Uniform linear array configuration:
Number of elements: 12
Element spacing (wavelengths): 0.75
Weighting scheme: exponential
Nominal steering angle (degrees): -60
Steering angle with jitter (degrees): -58.564
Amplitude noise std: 0.05
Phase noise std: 0.05

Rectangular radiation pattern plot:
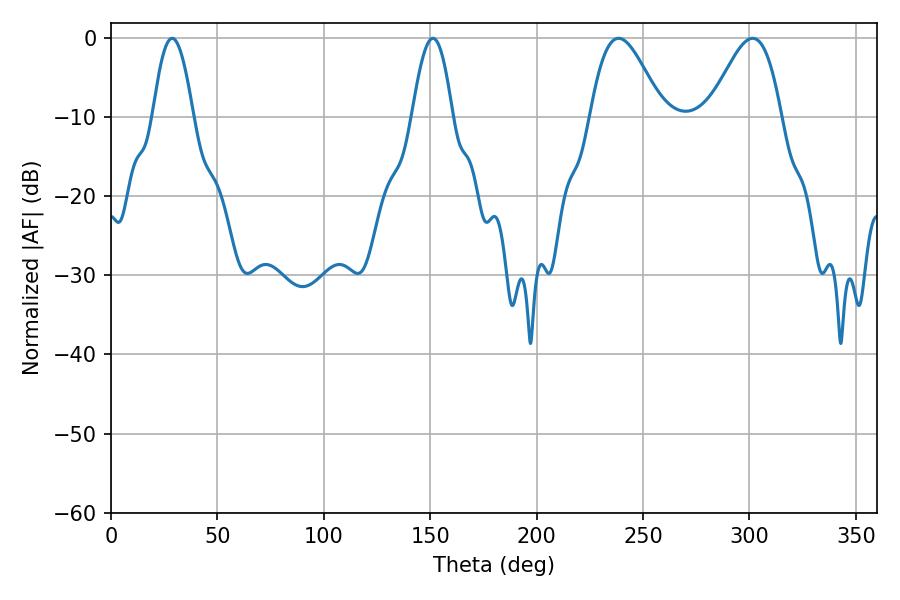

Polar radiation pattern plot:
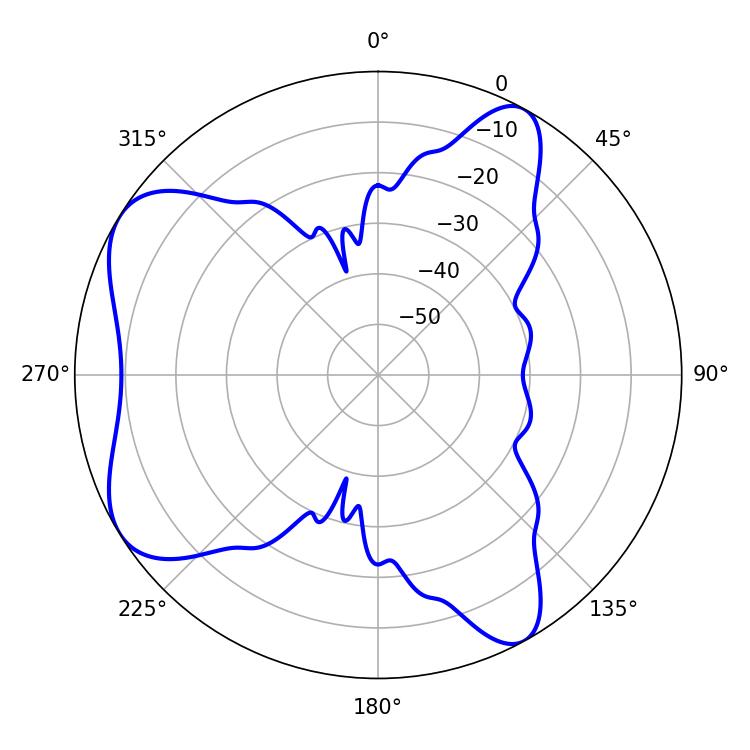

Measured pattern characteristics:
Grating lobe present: TRUE
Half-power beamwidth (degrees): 18
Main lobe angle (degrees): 238.5